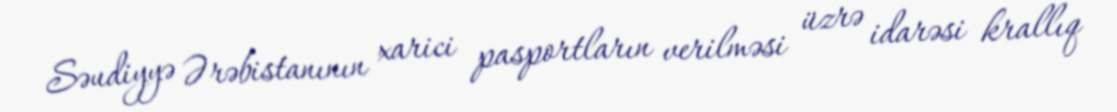
Səudiyyə Ərəbistanının xarici pasportların verilməsi üzrə idarəsi krallıq